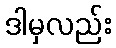
ဒါမှလည်း